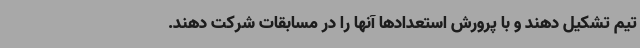
تیم تشکیل دهند و با پرورش استعدادها آنها را در مسابقات شرکت دهند.